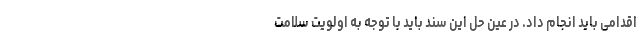
اقدامی باید انجام داد. در عین حل این سند باید با توجه به اولویت سلامت